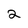
Character: 2